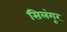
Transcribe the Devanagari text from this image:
सिलंगूर